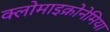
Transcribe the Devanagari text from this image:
क्लोमाइक्रोनेमिया